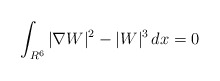
\begin{align*}\int_{R^6}|\nabla W|^2-|W|^3\,dx=0\end{align*}